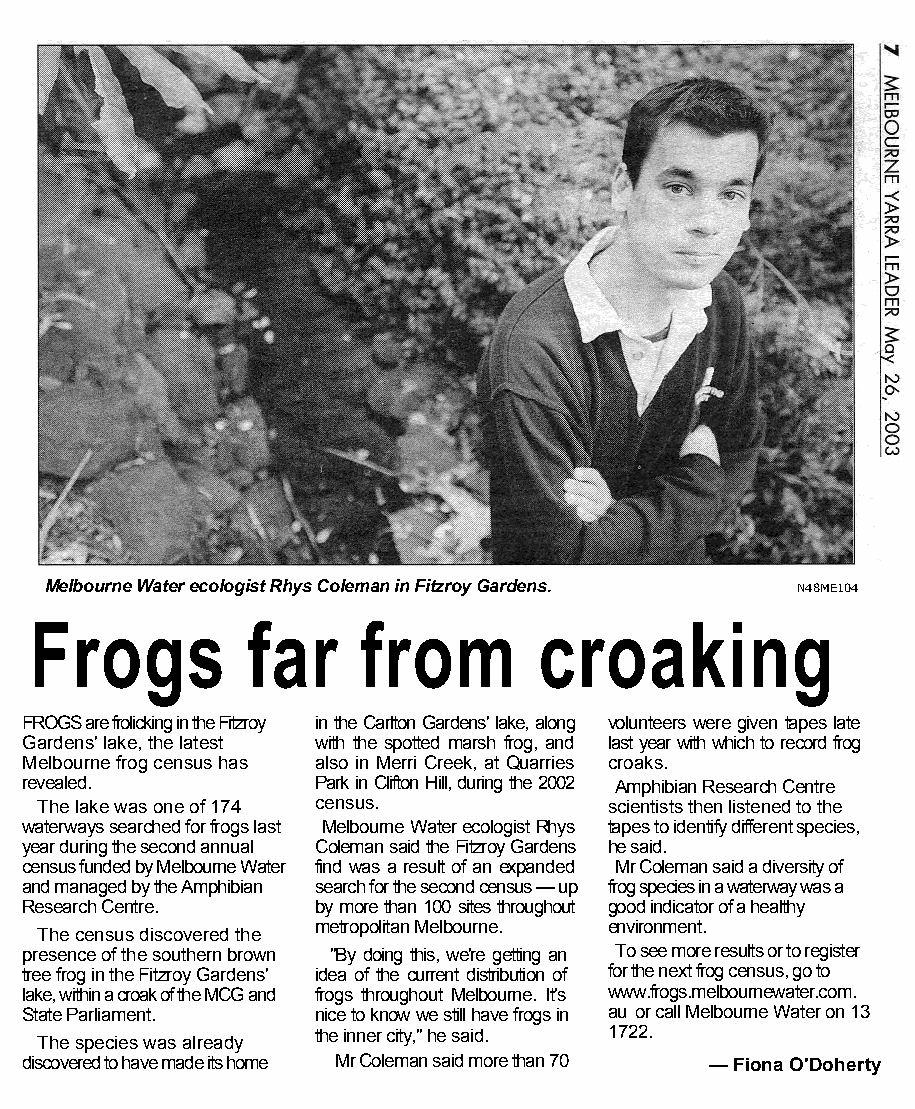
Melbourne Water ecologist Rhys Coleman in Fitzroy Gardens. N48ME104
 Frogs         far     from        croaking
 FROGS are frolicking in the Fitzroy in the Carlton Gardens' lake, along volunteers were given tapes late
 Gardens' lake, the latest with the spotted marsh frog, and last year with which to record frog
 Melbourne frog census has also in Merri Creek, at Quarries croaks.
 revealed.           Park in Clifton Hill, during the 2002 Amphibian Research Centre
 The lake was one of 174 census.       scientists then listened to the
 waterways searched for frogs last Melbourne Water ecologist Rhys tapes to identify different species,
 year during the second annual Coleman said the Fitzroy Gardens he said.
 census funded by Melbourne Water find was a result of an expanded Mr Coleman said a diversity of
 and managed by the Amphibian search for the second census — up frog species in a waterway was a
 Research Centre.    by more than 100 sites throughout good indicator of a healthy
 metropolitan Melbourne. environment.
 The census discovered the
 presence of the southern brown "By doing this, we're getting an To see more results or to register
 tree frog in the Fitzroy Gardens' idea of the current distribution of for the next frog census, go to
 lake, within a croak of the MCG and frogs throughout Melbourne. It's www.frogs.melbournewater.com.
 State Parliament.   nice to know we still have frogs in au or call Melbourne Water on 13
 the inner city," he said. 1722.
 The species was already
 discovered to have made its home Mr Coleman said more than 70 — Fiona O'Doherty